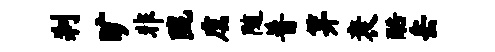
刹旷非陇虞随普笄衰酷岳